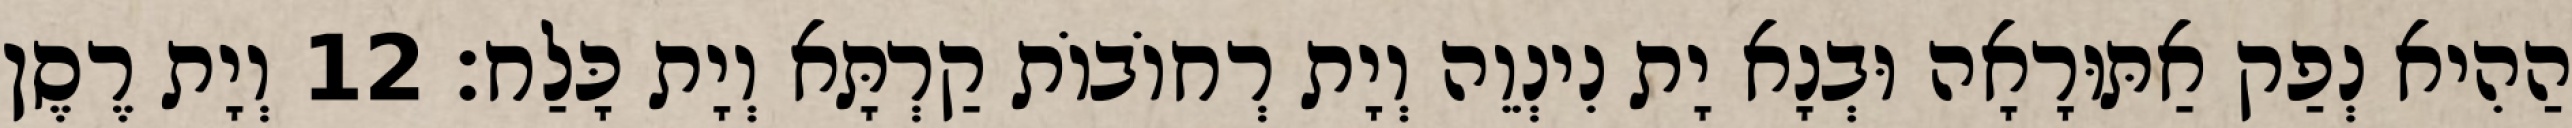
הַהִיא נְפַק אַתּוּרָאָה וּבְנָא יָת נִינְוֵה וְיָת רְחוֹבוֹת קַרְתָּא וְיָת כָּלַח׃ 12 וְיָת רֶסֶן